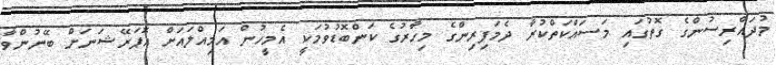
މުދައްރިސުންގެ ގޮތުގައި މަސައްކަތްކުރާ ދެމަފިރިންގެ މިހާރުގެ ކަންބޮޑުވުމަކީ އެމީހުން އަމިއްލައަށް އޮޕަރޭޝަނަށް ބޭނުންވާ